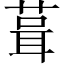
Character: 葺